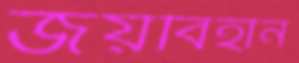
জয়বিহীন